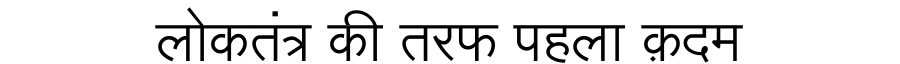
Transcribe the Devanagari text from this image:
लोकतंत्र की तरफ पहला क़दम